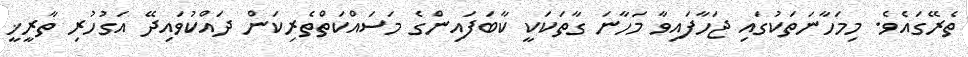
ތެރޭގައެވެ. މިމަހާނަތަކުގައި ޖަހާފައިވާ މަހާނަ ގާތަކަކީ ކާބަފައިންގެ މަސައްކަތްތެރިކަން ދައްކުވައިދޭ އަގުހުރި ތާރީޚީ